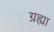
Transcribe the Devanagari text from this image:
ग्रह्या